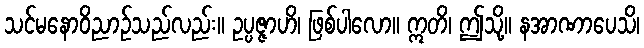
သင်မနောဝိညာဉ်သည်လည်း။ ဥပ္ပဇ္ဇာဟိ၊ ဖြစ်ပါလော။ ဣတိ၊ ဤသို့။ နအာဏာပေသိ၊